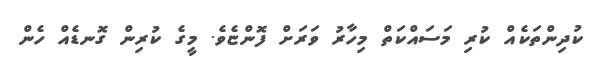
ކުދިންތަކެއް ކުރި މަސައްކަތް މިހާރު ވަރަށް ފޮންޏެވެ. މީގެ ކުރިން ގޮނޑެއް ހެން